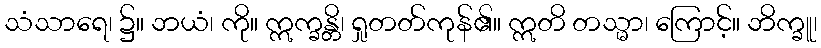
သံသာရေ၊ ၌။ ဘယံ၊ ကို။ ဣက္ခန္တိ၊ ရှုတတ်ကုန်၏။ ဣတိ တသ္မာ၊ ကြောင့်။ ဘိက္ခူ၊